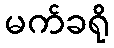
မက်ခရို